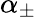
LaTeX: \alpha_{\pm}